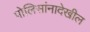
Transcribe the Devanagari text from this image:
पोलिसांनादेखील